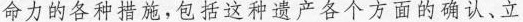
命力的各种措施，包括这种遗产各个方面的确认、立